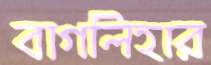
বাগলিহার